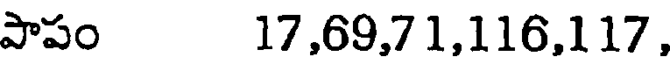
పాపం 17,69,71,116,117,